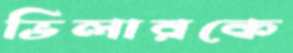
ভিলারকে